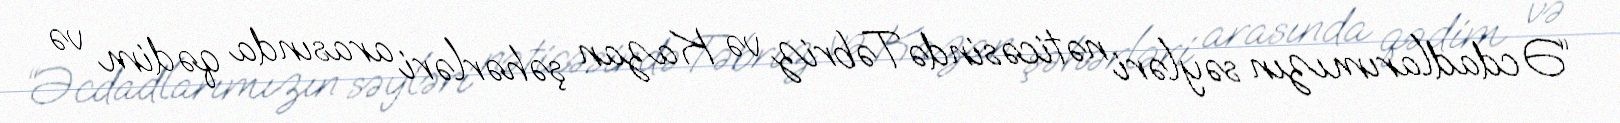
“Əcdadlarımızın səyləri nəticəsində Təbriz və Kazan şəhərləri arasında qədim və